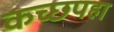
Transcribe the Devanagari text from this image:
कच्छपहा